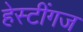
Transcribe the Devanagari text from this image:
हेस्टींगज